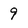
Character: 9